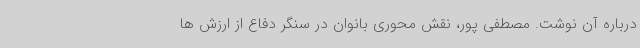
درباره آن نوشت. مصطفی پور، نقش محوری بانوان در سنگر دفاع از ارزش ها